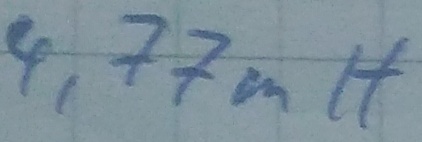
Text: 4,77mH